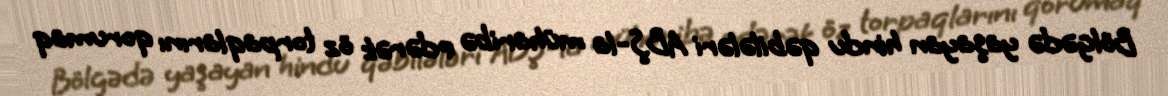
Bölgədə yaşayan hindu qəbilələri ABŞ-la müharibə edərək öz torpaqlarını qorumaq